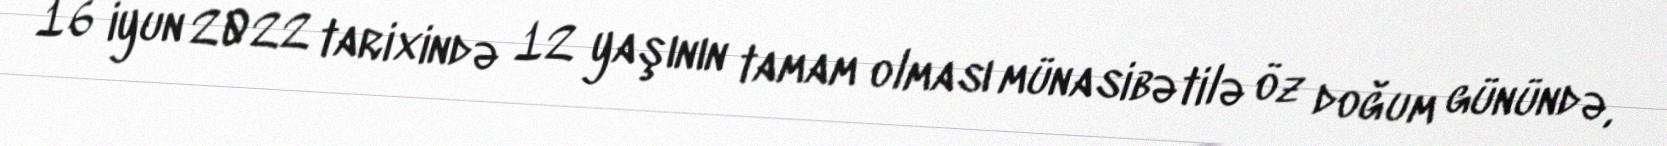
16 iyun 2022 tarixində 12 yaşının tamam olması münasibətilə öz doğum günündə,